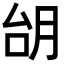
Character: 𪱜